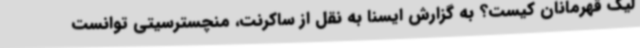
لیگ قهرمانان کیست؟ به گزارش ایسنا به نقل از ساکرنت، منچسترسیتی توانست